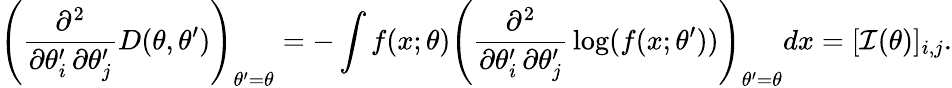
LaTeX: \left({\frac{\partial^{2}}{\partial\theta_{i}^{\prime}\, \partial\theta_{j}^{\prime}}}D(\theta,\theta^{\prime})\right)_{\theta^{\prime}=\theta}=-\int f(x;\theta)\left({\frac{\partial^{2}}{\partial\theta_{i}^{\prime}\, \partial\theta_{j}^{\prime}}}\log(f(x;\theta^{\prime}))\right)_{\theta^{\prime}=\theta}dx=[{\mathcal{I}}(\theta)]_{i,j}.